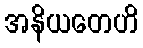
အနိယတေဟိ